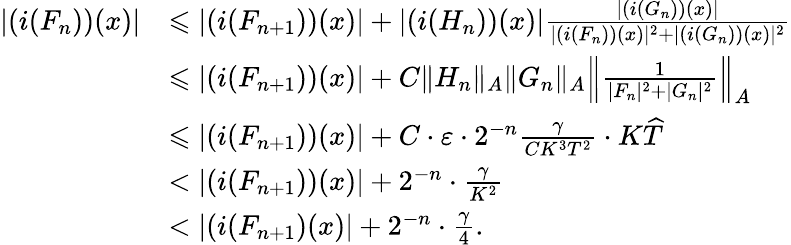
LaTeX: \begin{array}{rl}{|(i(F_{n}))(x)|}&{\leqslant|(i(F_{n+1}))(x)|+|(i(H_{n}))(x)|\frac{|(i(G_{n}))(x)|}{|(i(F_{n}))(x)|^{2}+|(i(G_{n}))(x)|^{2}}}\\ &{\leqslant|(i(F_{n+1}))(x)|+C\| H_{n}\| _{A}\| G_{n}\| _{A}\left\| \frac{1}{|F_{n}|^{2}+|G_{n}|^{2}}\right\| _{A}}\\ &{\leqslant|(i(F_{n+1}))(x)|+C\cdot\varepsilon\cdot 2^{-n}\frac{\gamma}{CK^{3}T^{2}}\cdot K\widehat{T}}\\ &{<|(i(F_{n+1}))(x)|+2^{-n}\cdot\frac{\gamma}{K^{2}}}\\ &{<|(i(F_{n+1})(x)|+2^{-n}\cdot\frac{\gamma}{4}.}\end{array}